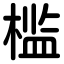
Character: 槛